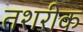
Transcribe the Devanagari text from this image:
तशरीक